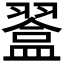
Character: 𥂨